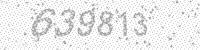
Solution: 639813